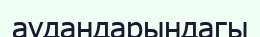
аудандарындагы